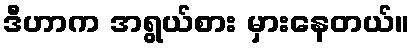
ဒီဟာက အရွယ်စား မှားနေတယ်။